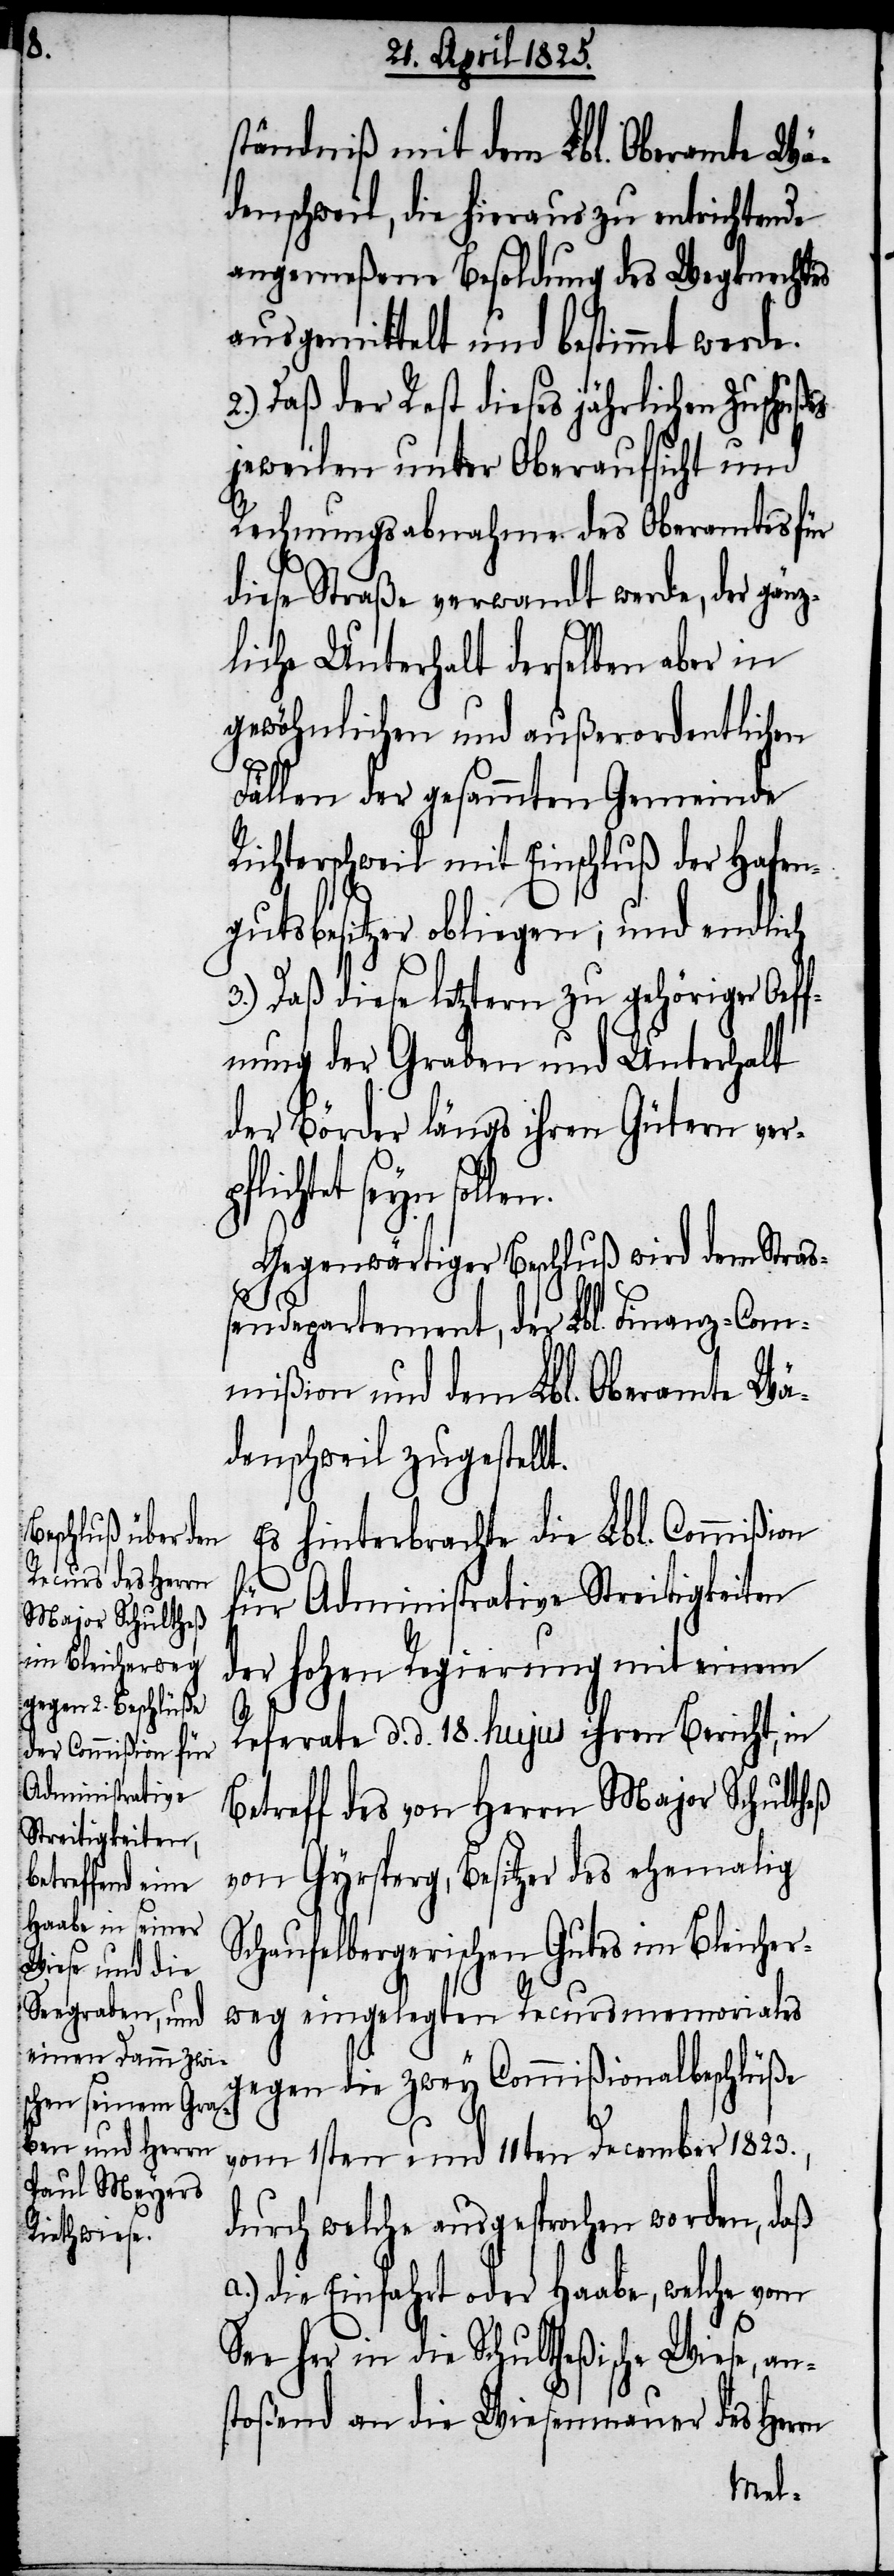
ständniß mit dem Lbl. Oberamte Wä¬
denschweil, die hieraus zu entrichtende
angemeßene Besoldung des Wegknechtes
ausgemittelt und bestimmt werde.
2.) Daß der Rest dieses jährlichen Zuschuß¬
jeweilen unter Oberaufsicht und
Rechnungsabnahme des Oberamtes für
diese Straße verwandt werde, der gän¬
zliche Unterhalt derselben aber in
gewöhnlichen und außerordentlichen
Fällen der gesammten Gemeinde
Richterschweil mit Einschluß der Hafen¬
gutsbesitzer obliegen; und endlich
3.) Daß diese letztern zu gehöriger Oef¬
fnung der Graben und Unterhalt
der Börder längs ihren Gütern verp¬
flichtet seyn
Gegenwärtiger Beschluß wird dem Straß¬
endepartement, der Lbl. Finanz-Com¬
mißion und dem Lbl. Oberamte Wä¬
denschweil zugestellt.
Es hinterbrachte die Lbl. Commißion
für Administrative Streitigkeiten
der hohen Regierung mit einem
es
Referate d. d. 18. hujus ihren Bericht, in
Betreff des von Herrn Major Schultheß
von Gyrsperg, Besitzer des ehemalig
Schaufelbergerischen Gutes im Bleicher¬
weg eingelegten Recursmemoriales
gegen die zwey Commißionsbeschlüße
vom 1sten und 11ten December 1823.,
durch welche ausgesprochen worden, daß
a.) die Einfahrt oder Haabe, welche vom
See her in die Schultheßische Wiese, an¬
stoßend an die Wiesenmauer des Herrn